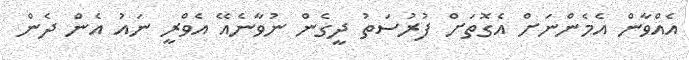
އެއްވާން އެމެންނަށް އެގޮތަށް ފުރުސަތު ދީގެން ނުވާނެއޭ އެވްރީ ނައު އެން ދެން